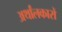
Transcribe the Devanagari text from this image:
अर्थांलकारों